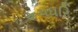
રૂપધરિ